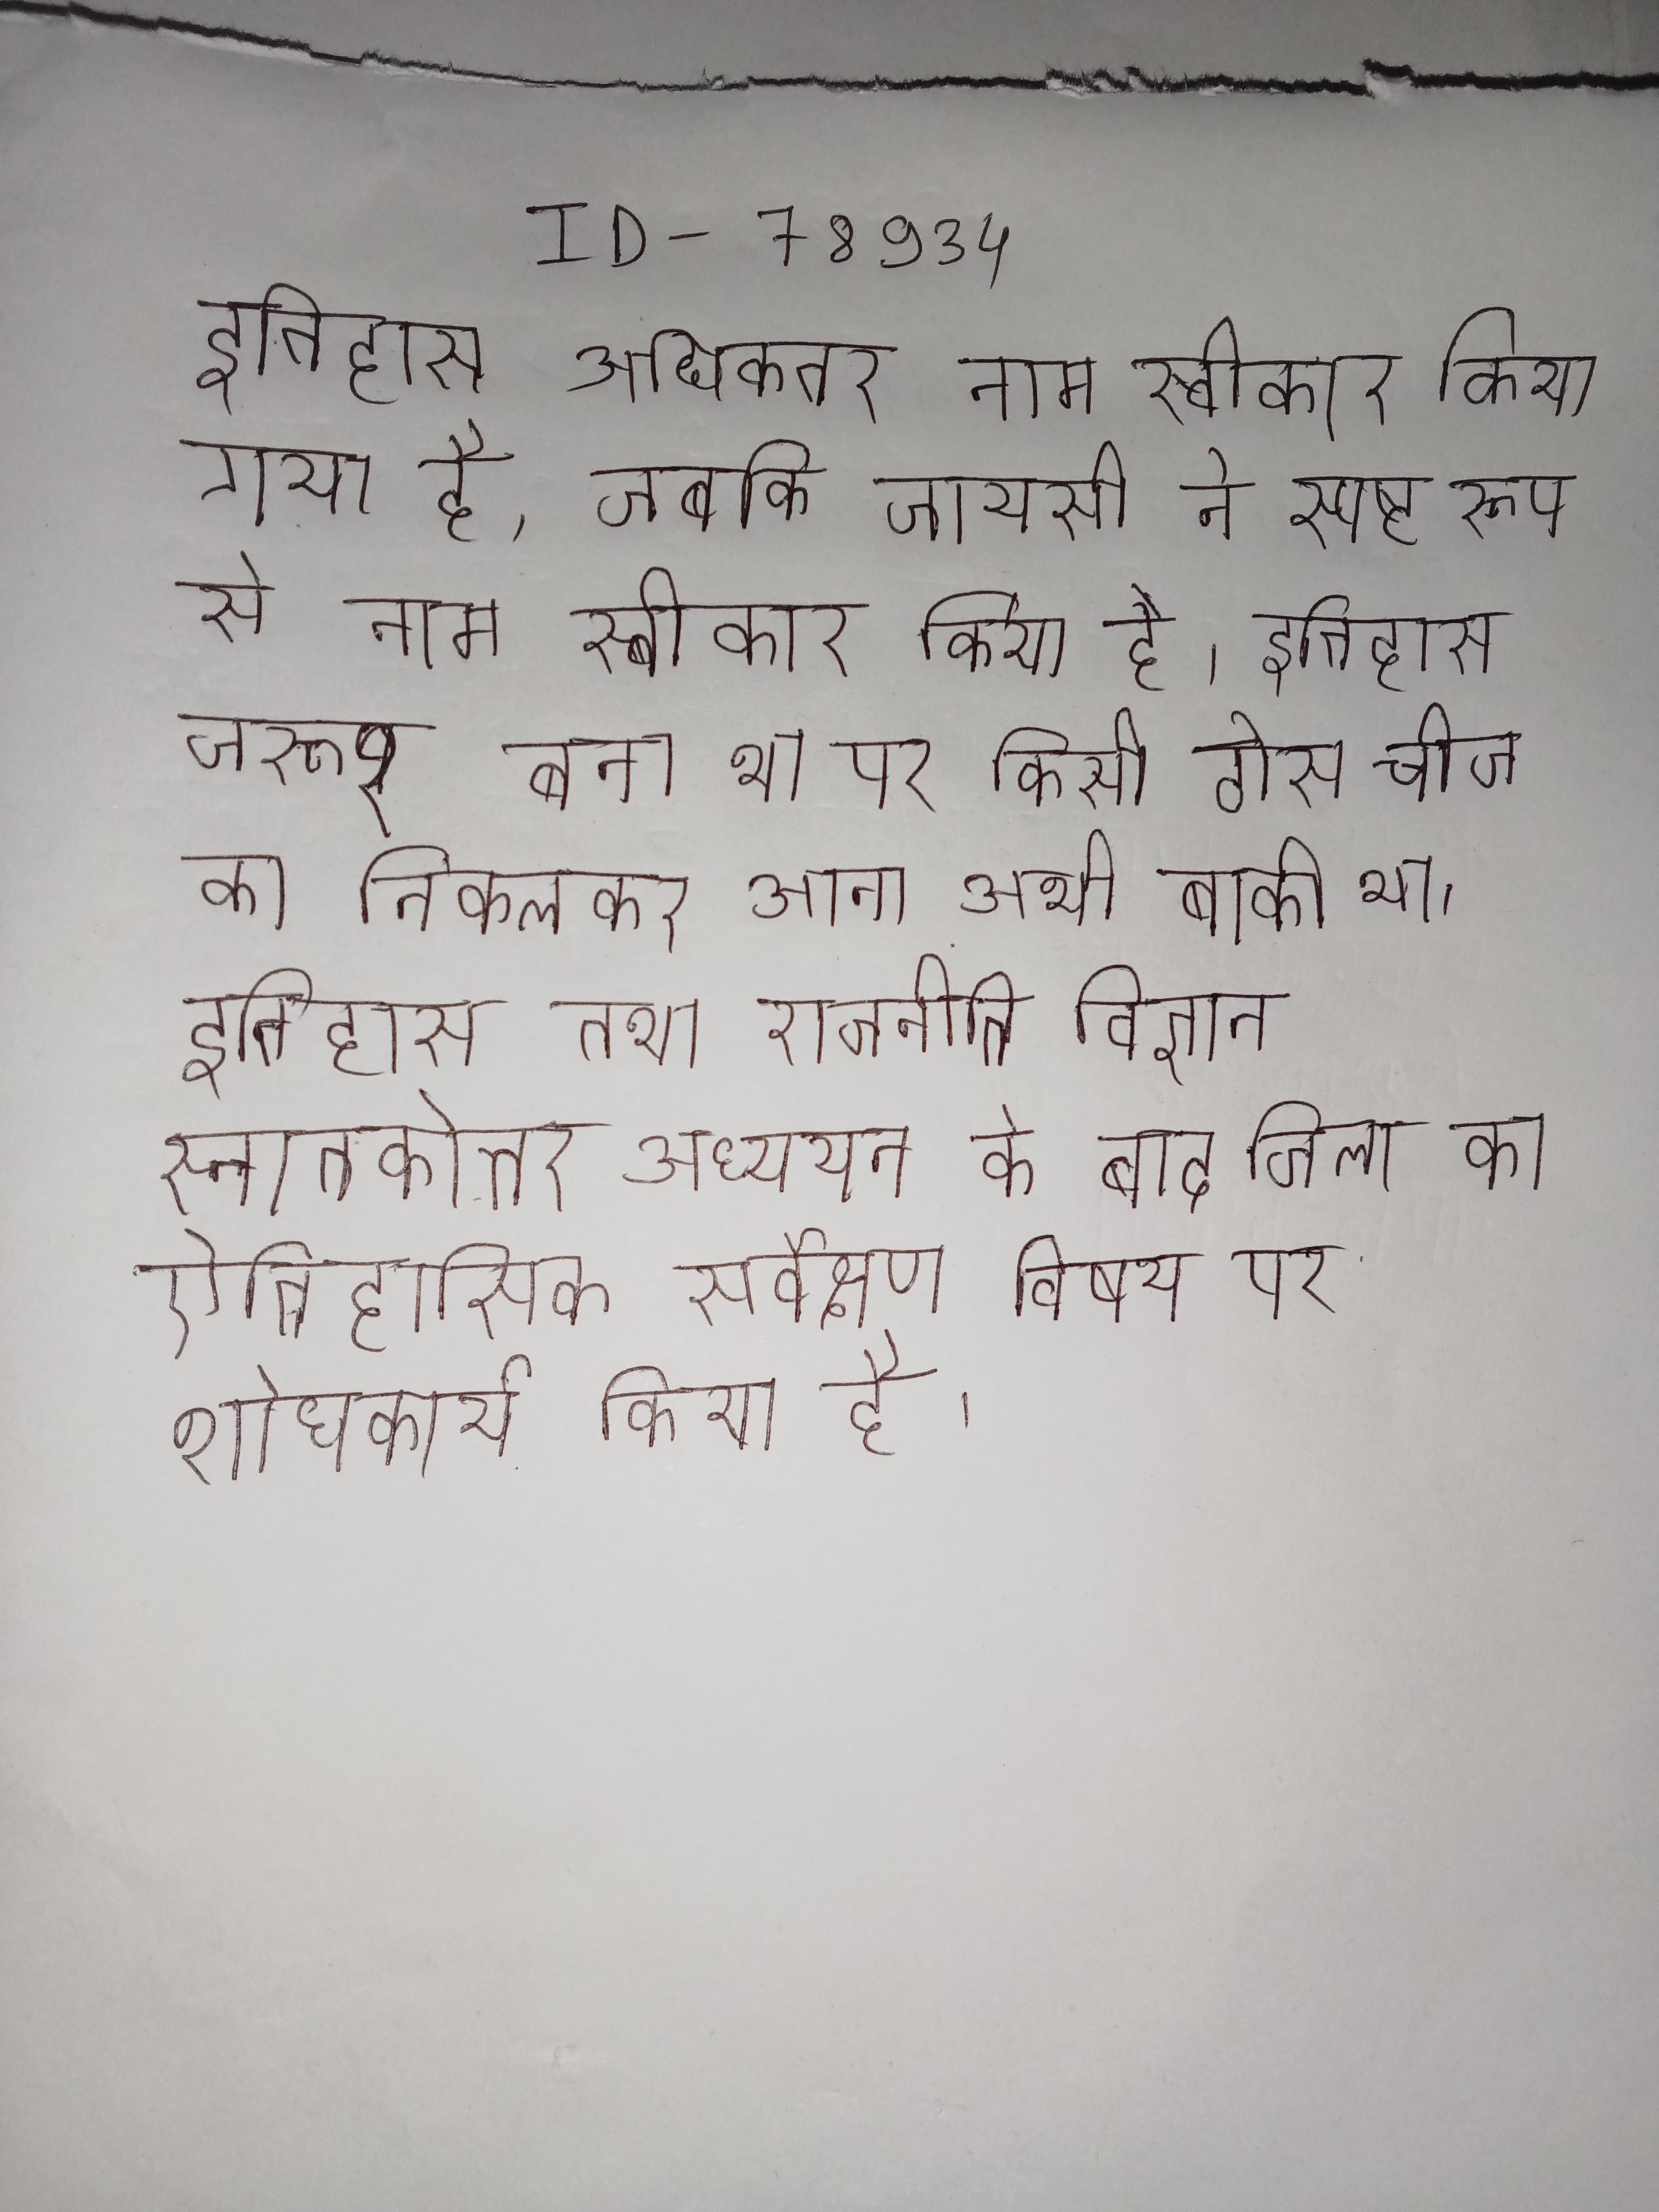
इतिहास अधिकतर नाम स्वीकार किया गया है, जबकि जायसी ने स्पष्ट रूप से नाम स्वीकार किया है । इतिहास जरूर बना था पर किसी ठोस चीज का निकलकर आना अभी बाकी था । इतिहास तथा राजनीति विज्ञान स्नातकोत्तर अध्ययन के बाद जिला का ऐतिहासिक सर्वेक्षण विषय पर शोधकार्य किया है ।